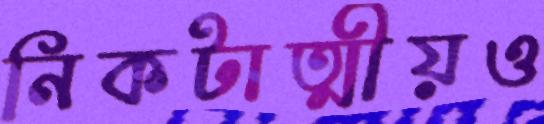
নিকটাত্মীয়ও